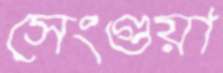
সেংগুয়া